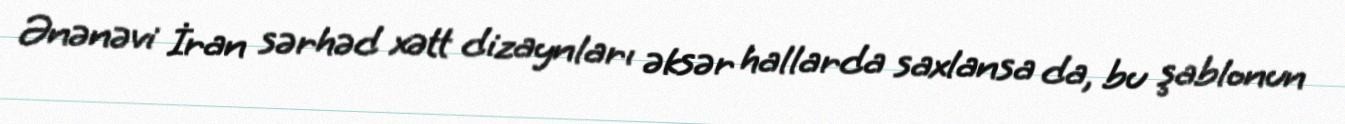
Ənənəvi İran sərhəd xətt dizaynları əksər hallarda saxlansa da, bu şablonun